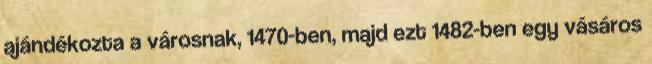
ajándékozta a városnak, 1470-ben, majd ezt 1482-ben egy vásáros